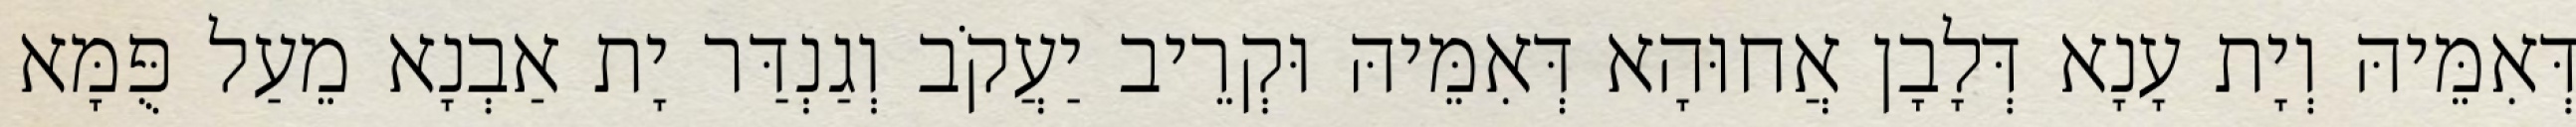
דְּאִמֵּיהּ וְיָת עָנָא דְּלָבָן אֲחוּהָא דְּאִמֵּיהּ וּקְרֵיב יַעֲקֹב וְגַנְדַּר יָת אַבְנָא מֵעַל פֻּמָּא